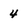
Character: 4